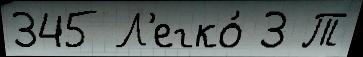
345 Л'егко́ 3 Т